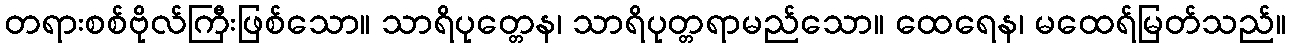
တရားစစ်ဗိုလ်ကြီးဖြစ်သော။ သာရိပုတ္တေန၊ သာရိပုတ္တရာမည်သော။ ထေရေန၊ မထေရ်မြတ်သည်။